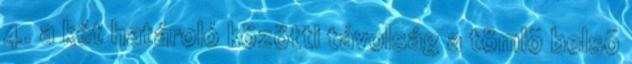
4. a két határoló közötti távolság a tömlõ belsõ